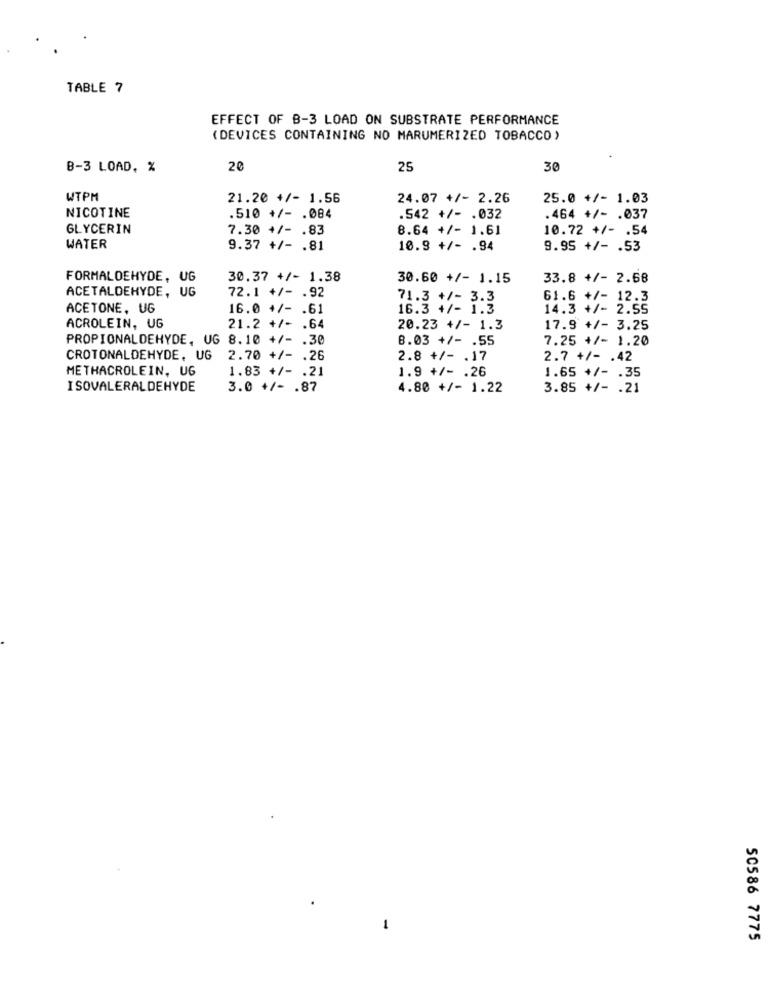
TABLE 7
EFFECT OF B-3 LOAD ON SUBSTRATE PERFORMANCE
(DEVICES CONTAINING NO MARUMERIZED TOBACCO)
B-3 LOAD, %
20
25
30
WTPM
21.20 +/- 1.56
24.07 +/- 2.26
25.0 +/- 1.03
NICOTINE
.510 +/- . 084
.542 +/- . 032
.464 +/- . 037
GLYCERIN
7.30 +/- . 83
8.64 +/- 1.61
10.72 +/- . 54
WATER
9.37 +/- . 81
10.9 +/- . 94
9.95 +/- . 53
FORMALDEHYDE, UG
30.37 +/- 1.38
30.60 +/- 1.15
33.8 +/- 2.68
ACETALDEHYDE, UG
72.1 +/- . 92
71.3 +/- 3.3
61.6 +/- 12.3
ACETONE, UG
16.0 +/- . 61
16.3 +/- 1.3
14.3 +/- 2.55
ACROLEIN, UG
21.2 +/- . 64
20.23 +/- 1.3
17.9 +/- 3.25
PROPIONALDEHYDE, UG 8.10 +/- . 30
8.03 +/- . 55
7.25 +/- 1.20
CROTONALDEHYDE, UG
2.70 +/- . 26
2.8 +/- . 17
2.7 +/- . 42
METHACROLEIN, UG
1.83 +/- . 21
1.65 +/- . 35
1.9 +/- . 26
I SOVALERALDEHYDE
3.0 +/- . 87
4.80 +/- 1.22
3.85 +/- . 21
50586 7775